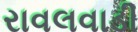
રાવલવાડી